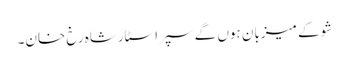
شو کے میزبان ہوں گے سپر اسٹارشاہ رخ خان۔